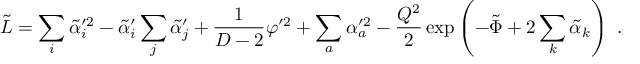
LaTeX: \tilde { L } = \sum _ { i } \tilde { \alpha } _ { i } ^ { \prime 2 } - \tilde { \alpha } _ { i } ^ { \prime } \sum _ { j } \tilde { \alpha } _ { j } ^ { \prime } + { \frac { 1 } { D - 2 } } \varphi ^ { \prime 2 } + \sum _ { a } \alpha _ { a } ^ { \prime 2 } - { \frac { Q ^ { 2 } } { 2 } } \exp \left( - \tilde { \Phi } + 2 \sum _ { k } \tilde { \alpha } _ { k } \right) \ .